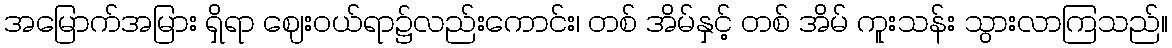
အမြောက်အမြား ရှိရာ ဈေးဝယ်ရာ၌လည်းကောင်း၊ တစ် အိမ်နှင့် တစ် အိမ် ကူးသန်း သွားလာကြသည်။